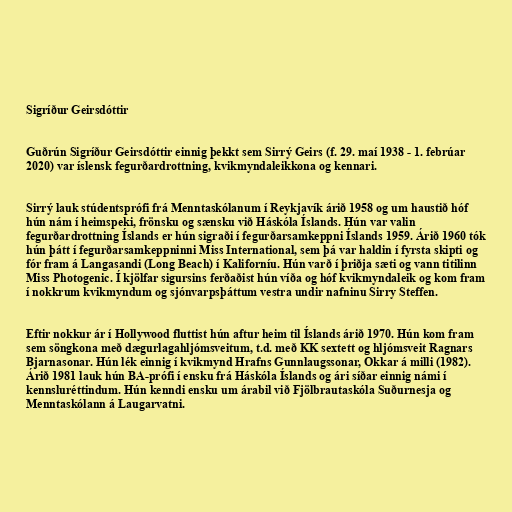
Sigríður Geirsdóttir

Guðrún Sigríður Geirsdóttir einnig þekkt sem Sirrý Geirs (f. 29. maí 1938 - 1. febrúar
2020) var íslensk fegurðardrottning, kvikmyndaleikkona og kennari.

Sirrý lauk stúd­ents­prófi frá Mennta­skól­an­um í Reykjavík árið 1958 og um haustið hóf
hún nám í heim­speki, frönsku og sænsku við Háskóla Íslands. Hún var valin
fegurðardrottning Íslands er hún sigraði í fegurðarsamkeppni Íslands 1959. Árið 1960 tók
hún þátt í fegurðarsamkeppninni Miss International, sem þá var haldin í fyrsta skipti og
fór fram á Langasandi (Long Beach) í Kaliforníu. Hún varð í þriðja sæti og vann titilinn
Miss Photogenic. Í kjölfar sigursins ferðaðist hún víða og hóf kvikmyndaleik og kom fram
í nokkrum kvikmyndum og sjónvarpsþáttum vestra undir nafninu Sirry Steffen.

Eftir nokkur ár í Hollywood fluttist hún aftur heim til Íslands árið 1970. Hún kom fram
sem söng­kona með dæg­ur­laga­hljóm­sveit­um, t.d. með KK sex­t­ett og hljóm­sveit Ragn­ars
Bjarna­son­ar. Hún lék einnig í kvikmynd Hrafns Gunnlaugssonar, Okkar á milli (1982).
Árið 1981 lauk hún BA-prófi í ensku frá Háskóla Íslands og ári síðar einnig námi í
kennsluréttindum. Hún kenndi ensku um árabil við Fjölbrautaskóla Suðurnesja og
Menntaskólann á Laugarvatni.